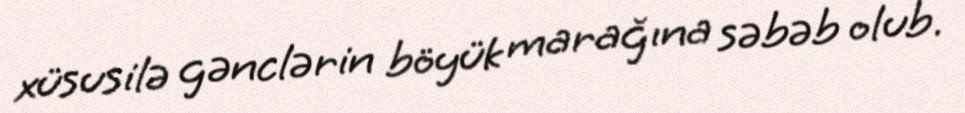
xüsusilə gənclərin böyük marağına səbəb olub.